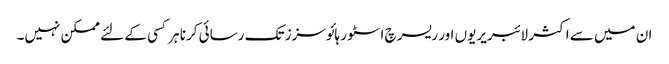
ان میں سے اکثر لائبریریوں اور ریسرچ اسٹور ہائوسزز تک رسائی کرنا ہر کسی کے لئے ممکن نہیں۔